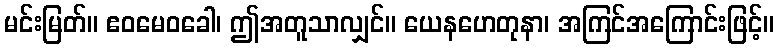
မင်းမြတ်။ ဧဝမေဝခေါ၊ ဤအတူသာလျှင်။ ယေနဟေတုနာ၊ အကြင်အကြောင်းဖြင့်။